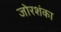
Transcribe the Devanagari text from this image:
जोरशंका